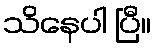
သိနေပါ ပြီ။